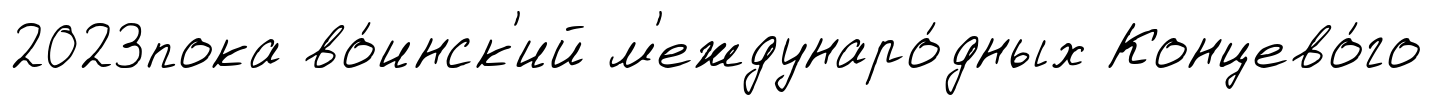
2023пока во́инск'ий м'еждунаро́дных Концево́го